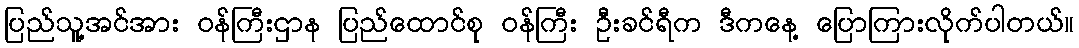
ပြည်သူ့အင်အား ဝန်ကြီးဌာန ပြည်ထောင်စု ဝန်ကြီး ဦးခင်ရီက ဒီကနေ့ ပြောကြားလိုက်ပါတယ်။